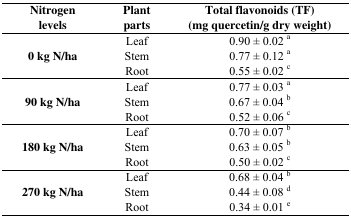
<table><thead><tr><td><b>Nitrogen levels</b></td><td><b>Plant parts</b></td><td><b>Total flavonoids (TF) (mg quercetin/g dry weight)</b></td></tr></thead><tbody><tr><td rowspan="3"><b>0 kg N/ha</b></td><td>Leaf</td><td>0.90 ± 0.02 <sup>a</sup></td></tr><tr><td>Stem</td><td>0.77 ± 0.12 <sup>a</sup></td></tr><tr><td>Root</td><td>0.55 ± 0.02 <sup>c</sup></td></tr><tr><td rowspan="3"><b>90 kg N/ha</b></td><td>Leaf</td><td>0.77 ± 0.03 <sup>a</sup></td></tr><tr><td>Stem</td><td>0.67 ± 0.04 <sup>b</sup></td></tr><tr><td>Root</td><td>0.52 ± 0.06 <sup>c</sup></td></tr><tr><td rowspan="3"><b>180 kg N/ha</b></td><td>Leaf</td><td>0.70 ± 0.07 <sup>b</sup></td></tr><tr><td>Stem</td><td>0.63 ± 0.05 <sup>b</sup></td></tr><tr><td>Root</td><td>0.50 ± 0.02 <sup>c</sup></td></tr><tr><td rowspan="3"><b>270 kg N/ha</b></td><td>Leaf</td><td>0.68 ± 0.04 <sup>b</sup></td></tr><tr><td>Stem</td><td>0.44 ± 0.08 <sup>d</sup></td></tr><tr><td>Root</td><td>0.34 ± 0.01 <sup>e</sup></td></tr></tbody></table>